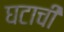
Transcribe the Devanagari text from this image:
घटाची